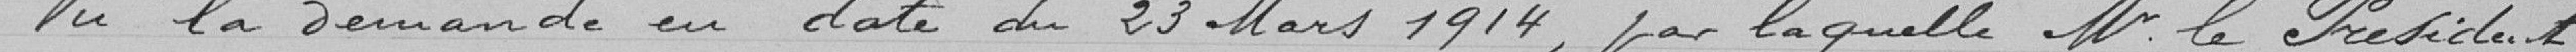
Tu la Demande en date du 23 Mars 1914, par laquelle Mr. le Président